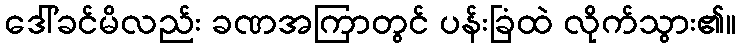
ဒေါ်ခင်မိလည်း ခဏအကြာတွင် ပန်းခြံထဲ လိုက်သွား၏။